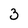
Character: 3